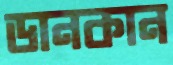
ডানকান